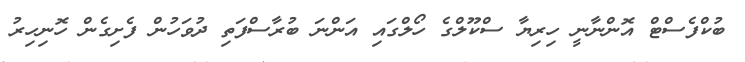
ބުކްފެސްޓް އޮންނާނީ ހިރިޔާ ސްކޫލްގެ ހޯލްގައި އަންނަ ބުރާސްފަތި ދުވަހުން ފެށިގެން ހޮނިހިރު